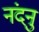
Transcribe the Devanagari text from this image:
नंदनु